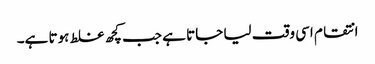
انتقام اسی وقت لیا جاتا ہے جب کچھ غلط ہوتا ہے۔